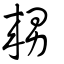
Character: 𤳇